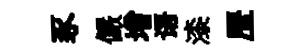
豕儼增语漆歴